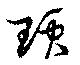
頊